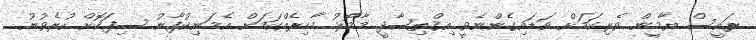
ރައީސް ޔާމީން ވެރިކަމަށް ވަޑައިގެންނެވީ އިޤްތިޞާދީ މާމޮޅު މާހިރެއްކަމަށް އެމަނިކުފާނު ސިފަކޮށް ކުރެވުނު